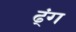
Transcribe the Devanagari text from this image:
ढ्ंग